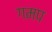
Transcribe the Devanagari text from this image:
गमप